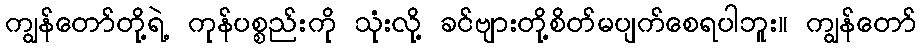
ကျွန်တော်တို့ရဲ့ ကုန်ပစ္စည်းကို သုံးလို့ ခင်ဗျားတို့စိတ်မပျက်စေရပါဘူး။ ကျွန်တော်